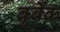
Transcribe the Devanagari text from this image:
बुर्बेंक